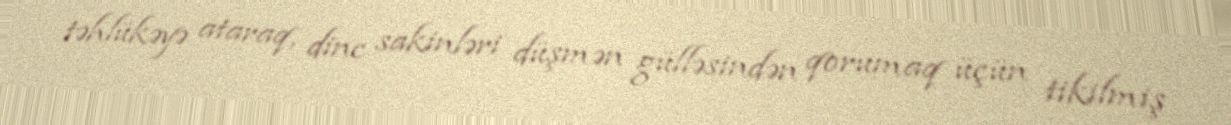
təhlükəyə ataraq, dinc sakinləri düşmən gülləsindən qorumaq üçün tikilmiş